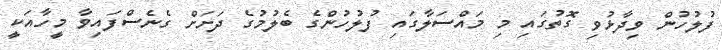
ފުލުހުން ވިދާޅުވި ގޮތުގައި މި މައްސަލާގައި ފުލުހުންގެ ބެލުމުގެ ދަށަށް ގެނެސްފައިވާ މީހާއަކީ